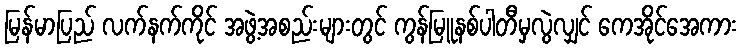
မြန်မာပြည် လက်နက်ကိုင် အဖွဲ့အစည်းများတွင် ကွန်မြူနစ်ပါတီမှလွဲလျှင် ကေအိုင်အေကား